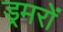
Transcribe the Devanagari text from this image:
ड्रमरों